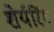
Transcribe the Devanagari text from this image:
शेर्यरिंग